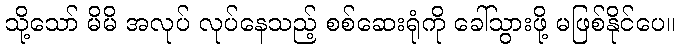
သို့သော် မိမိ အလုပ် လုပ်နေသည့် စစ်ဆေးရုံကို ခေါ်သွားဖို့ မဖြစ်နိုင်ပေ။